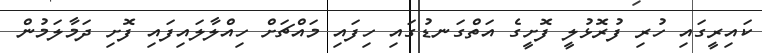
ކައިރީގައި ހުރި ފުރޮޅުލީ ފޮށީގެ އަތްގަނޑުގައި ހިފައި މައްޗަށް ހިއްލާލައިފައި ފޮށި ދަމާލަަމުން